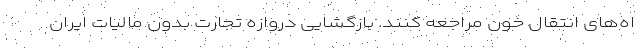
اه‌های انتقال خون مراجعه کنند. بازگشایی دروازه تجارت بدون مالیات ایران